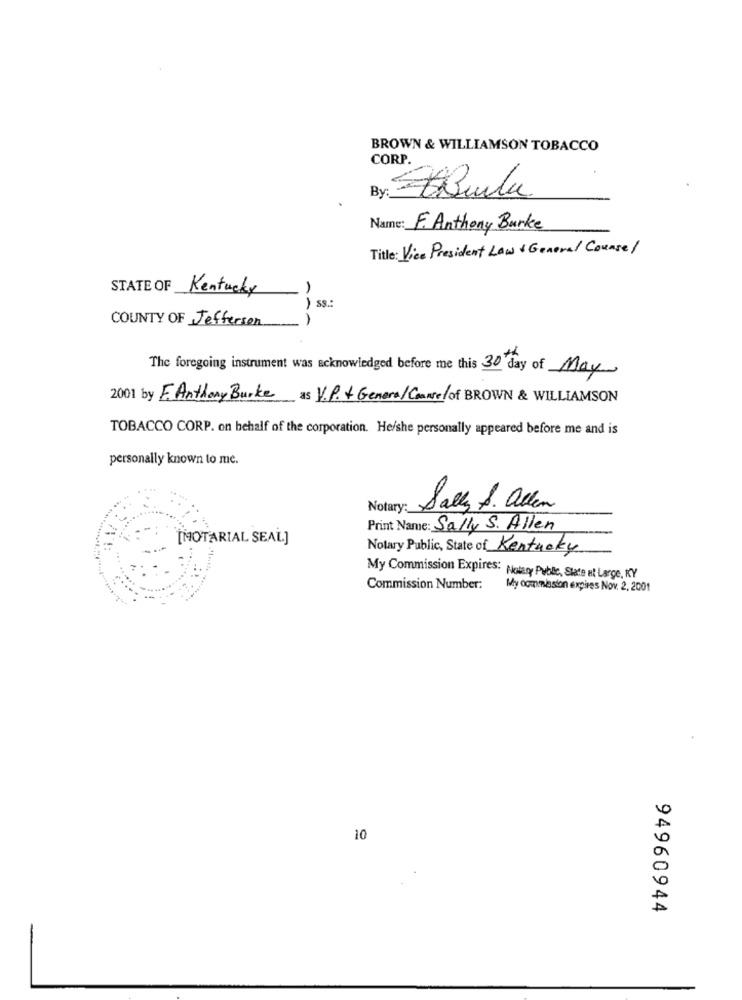
BROWN & WILLIAMSON TOBACCO
CORP.
By :_
Name: F. Anthony Burke
Title: Vice President Law & General Counsel
STATE OF Kentucky
) .S .:
COUNTY OF Jefferson
The foregoing instrument was acknowledged before me this 30 day of May
2001 by E. Anthony Burke as V.P. + GeneralCounsel of BROWN & WILLIAMSON
TOBACCO CORP. on behalf of the corporation. He/she personally appeared before me and is
personally known to me.
Sally S. allen
Print Name: Sally S. Allen
[NOTARIAL SEAL]
Notary Public, State of Kentucky
My Commission Expires: Notary Public, State at Large, KY
Commission Number:
My commission expires Nov. 2. 2001
10
94960944